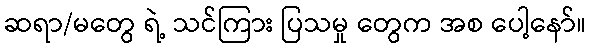
ဆရာ/မတွေ ရဲ့ သင်ကြား ပြသမှု တွေက အစ ပေါ့နော်။